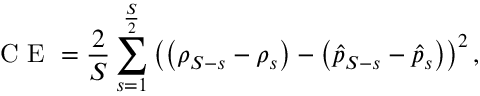
\mathrm { ~ C ~ E ~ } = \frac { 2 } { S } \sum _ { s = 1 } ^ { \frac { S } { 2 } } \left( \left( \rho _ { S - s } - \rho _ { s } \right) - \left( \hat { p } _ { S - s } - \hat { p } _ { s } \right) \right) ^ { 2 } ,